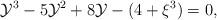
LaTeX: \begin{align*}{{\cal{Y}}}^3-5{{\cal{Y}}}^2+8{\cal{Y}}-(4+\xi^{3})=0,\end{align*}